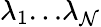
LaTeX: \lambda_{1}\le\ldots\le\lambda_{\mathcal{N}}